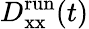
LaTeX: D_{\mathrm{xx}}^{\mathrm{run}}(t)